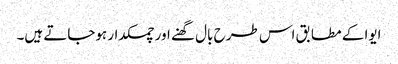
ایوا کے مطابق اس طرح بال گھنے اور چمکدار ہوجاتے ہیں۔